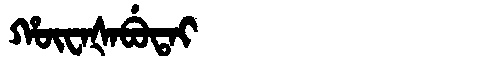
Manchu: ᡥᡡᠸᠠᡧᠠᠪᡠᡨᠠᡳ
Romanization: HŪWAŠABUTAI